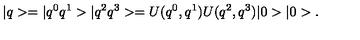
| q > = | q ^ { 0 } q ^ { 1 } > | q ^ { 2 } q ^ { 3 } > = U ( q ^ { 0 } , q ^ { 1 } ) U ( q ^ { 2 } , q ^ { 3 } ) | 0 > | 0 > .